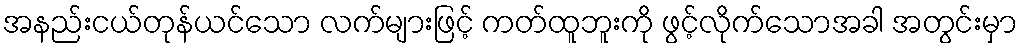
အနည်းငယ်တုန်ယင်သော လက်များဖြင့် ကတ်ထူဘူးကို ဖွင့်လိုက်သောအခါ အတွင်းမှာ